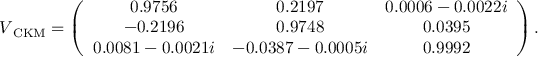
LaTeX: V _ { \mathrm { \tiny ~ C K M } } = \left( \begin{array} { c c c } { { 0 . 9 7 5 6 } } & { { 0 . 2 1 9 7 } } & { { 0 . 0 0 0 6 - 0 . 0 0 2 2 i } } \\ { { - 0 . 2 1 9 6 } } & { { 0 . 9 7 4 8 } } & { { 0 . 0 3 9 5 } } \\ { { 0 . 0 0 8 1 - 0 . 0 0 2 1 i } } & { { - 0 . 0 3 8 7 - 0 . 0 0 0 5 i } } & { { 0 . 9 9 9 2 } } \end{array} \right) .